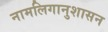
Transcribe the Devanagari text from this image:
नामलिगानुशासन